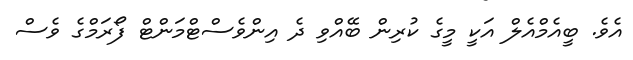
އެވެ. ބީއެމްއެލް އަކީ މީގެ ކުރިން ބޭއްވި ދެ އިންވެސްޓްމަންޓް ފޯރަމްގެ ވެސް